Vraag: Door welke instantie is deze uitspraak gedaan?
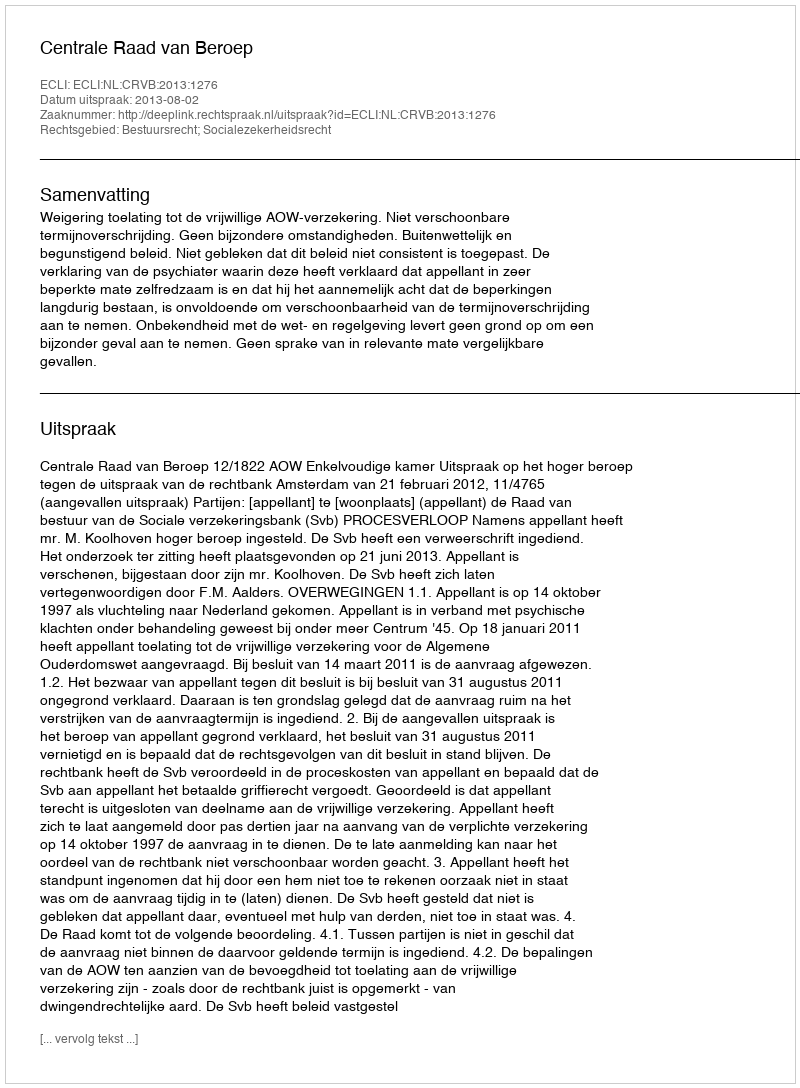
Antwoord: Centrale Raad van Beroep